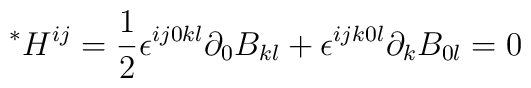
{}^*H^{ij}=\frac{1}{2}\epsilon^{ij0kl}\partial_0B_{kl}+\epsilon^{ijk0l}\partial_k B_{0l}=0